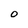
Character: O